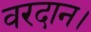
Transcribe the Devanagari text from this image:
वरदान।